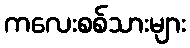
ကလေးစစ်သားများ